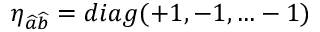
\eta _ { \widehat { a } \widehat { b } } = d i a g ( + 1 , - 1 , \ldots - 1 )